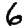
Digit: 6